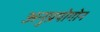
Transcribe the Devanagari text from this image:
अनुप्रयोगोन